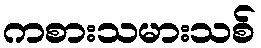
ကစားသမားသစ်